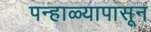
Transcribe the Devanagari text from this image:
पन्हाळ्यापासून